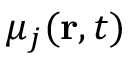
\mu _ { j } ( \mathbf { r } , t )